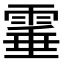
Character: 𩃒